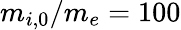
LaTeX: m_{i,0}/m_{e}=100